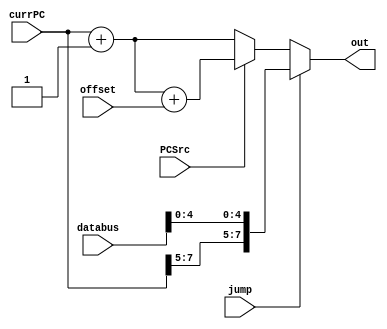
module getNextPC (PCSrc, databus, jump, currPC, offset, out);
parameter MIPS_PC_WIDTH_m1 = 7;  
  input PCSrc, jump;
  input [MIPS_PC_WIDTH_m1:0] databus;
  input [MIPS_PC_WIDTH_m1:0] offset;
  input [MIPS_PC_WIDTH_m1:0] currPC;
  output reg [MIPS_PC_WIDTH_m1:0] out;

	always @(PCSrc, currPC, offset) begin
  if (jump == 0)
    begin
		if (PCSrc == 0)
			out <= currPC + 1;
		else
			out <= currPC+1+offset;	 
    end
  else 
  begin
    out <= {currPC[7:5],databus[4:0]};
  end
  //$display($time," NextPC: %b",out);
  end
endmodule